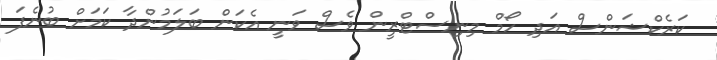
ކަރެކްޝަންސް އަދި ހޯމް މިނިސްޓްރީން ވެސް ވަނީ އެކަން ބަލަމުންދާ ކަމަށް ބުނެފަ